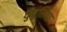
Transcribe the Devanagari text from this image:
घुघुतिया